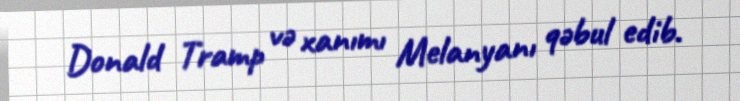
Donald Tramp və xanımı Melanyanı qəbul edib.